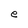
Character: e